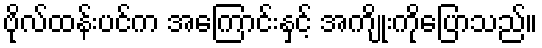
ဗိုလ်ထန်းပင်က အကြောင်းနှင့် အကျိုးကိုပြောသည်။